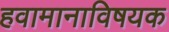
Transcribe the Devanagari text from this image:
हवामानाविषयक